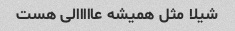
شیلا مثل همیشه عااااالی هست